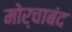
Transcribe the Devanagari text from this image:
मोर्चाबंद